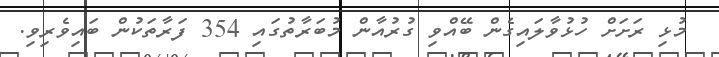
މުޅި ރަށަށް ހުޅުވާލައިގެން ބޭއްވި ގުރުއާން މުބަރާތުގައި 354 ފަރާތަކުން ބައިވެރިވި.